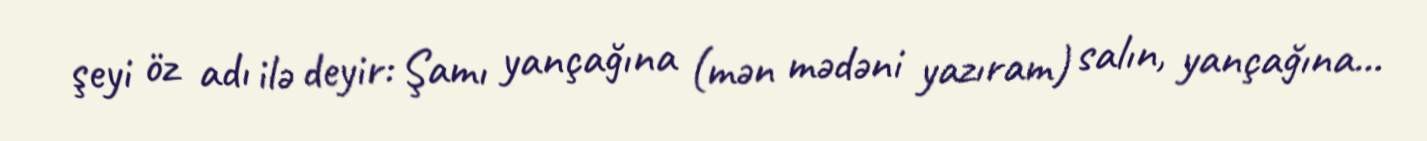
şeyi öz adı ilə deyir: Şamı yançağına (mən mədəni yazıram) salın, yançağına...